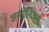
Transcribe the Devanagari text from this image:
अन्तोनिअस